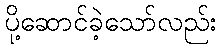
ပို့ဆောင်ခဲ့သော်လည်း